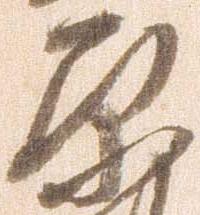
原